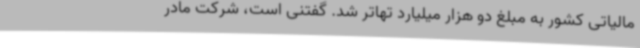
مالیاتی کشور به مبلغ دو هزار میلیارد تهاتر شد. گفتنی است، شرکت مادر